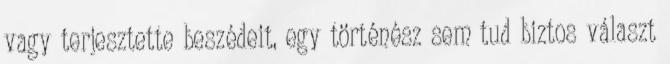
vagy terjesztette beszédeit, egy történész sem tud biztos választ